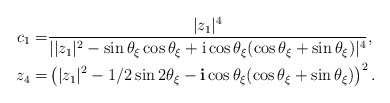
\begin{align*}c_1=&\frac{|z_1|^4}{||z_1|^2-\sin \theta_\xi \cos \theta_\xi +\mathrm i \cos \theta_\xi (\cos\theta_\xi+\sin \theta_\xi )|^4},\\z_4=&\left(|z_1|^2-1/2\sin2\theta_\xi -\mathbf i \cos \theta_\xi (\cos\theta_\xi +\sin\theta_\xi ) \right)^2.\end{align*}